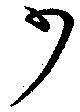
少